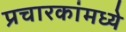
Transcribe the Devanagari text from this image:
प्रचारकांमध्ये